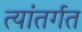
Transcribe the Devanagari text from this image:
त्यांतर्गत